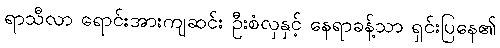
ရာသီလာ ရောင်းအားကျဆင်း ဦးစံလှနှင့် နေရာခန့်သာ ရှင်းပြနေ၏